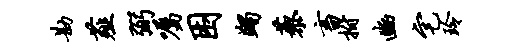
勘薤弼嘱困蠲藜畜拊豳宅玲